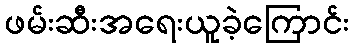
ဖမ်းဆီးအရေးယူခဲ့ကြောင်း